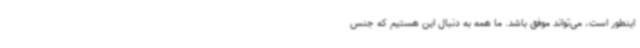
اینطور است، می‌تواند موفق باشد. ما همه به دنبال این هستیم که جنس